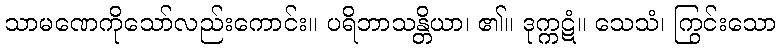
သာမဏေကိုသော်လည်းကောင်း။ ပရိဘာသန္တိယာ၊ ၏။ ဒုက္ကဋံ။ သေသံ၊ ကြွင်းသော